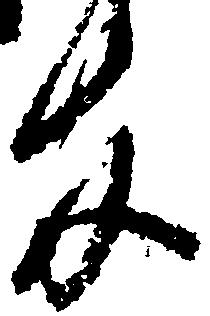
官